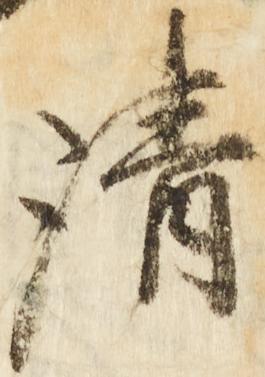
清